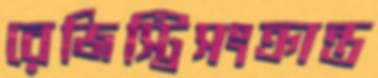
রেজিস্ট্রিসংক্রান্ত